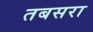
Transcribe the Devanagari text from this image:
तबसरा